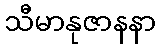
သီမာနုဇာနနာ